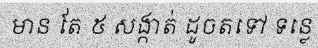
មាន តែ ៥ សង្កាត់ ដូចតទៅ ទន្លេ